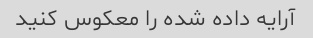
آرایه داده شده را معکوس کنید